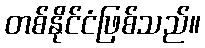
တစ်နိုင်ငံဖြစ်သည်။